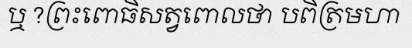
ឬ ?ព្រះពោធិសត្វពោលថា បពិត្រមហា